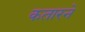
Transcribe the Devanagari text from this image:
कतारने